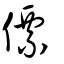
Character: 僄